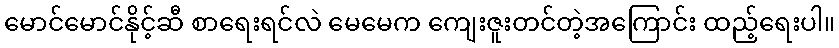
မောင်မောင်နိုင့်ဆီ စာရေးရင်လဲ မေမေက ကျေးဇူးတင်တဲ့အကြောင်း ထည့်ရေးပါ။